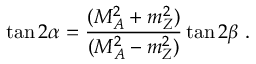
\tan 2 \alpha = { \frac { ( M _ { A } ^ { 2 } + m _ { Z } ^ { 2 } ) } { ( M _ { A } ^ { 2 } - m _ { Z } ^ { 2 } ) } } \tan 2 \beta \ .